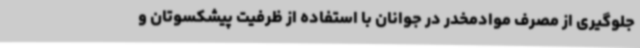
جلوگیری از مصرف موادمخدر در جوانان با استفاده از ظرفیت پیشکسوتان و